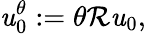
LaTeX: \mathit{u}_{0}^{\theta}:=\theta\mathcal{{R}}\mathit{u}_{0},